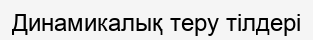
Динамикалық теру тілдері